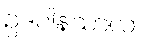
ဥဒပါနသာလာ